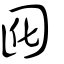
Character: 囮